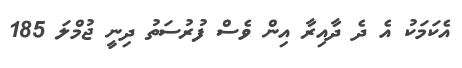
އެކަމަކު އެ ދެ ދާއިރާ އިން ވެސް ފުރުސަތު ދިނީ ޖުމްލަ 185